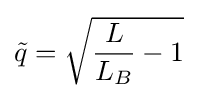
{\tilde {q}}={\sqrt {{\frac {L}{L_{B}}}-1}}